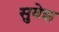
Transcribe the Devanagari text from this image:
सुवेश